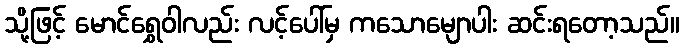
သို့ဖြင့် မောင်ရွှေဝါလည်း လင့်ပေါ်မှ ကသောမျောပါး ဆင်းရတော့သည်။